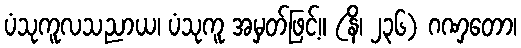
ပံသုကူလသညာယ၊ ပံသုကူ အမှတ်ဖြင့်။ (နိ၊ ၂၃၆) ဂဏှတော၊